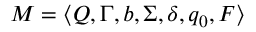
M = \langle Q , \Gamma , b , \Sigma , \delta , q _ { 0 } , F \rangle